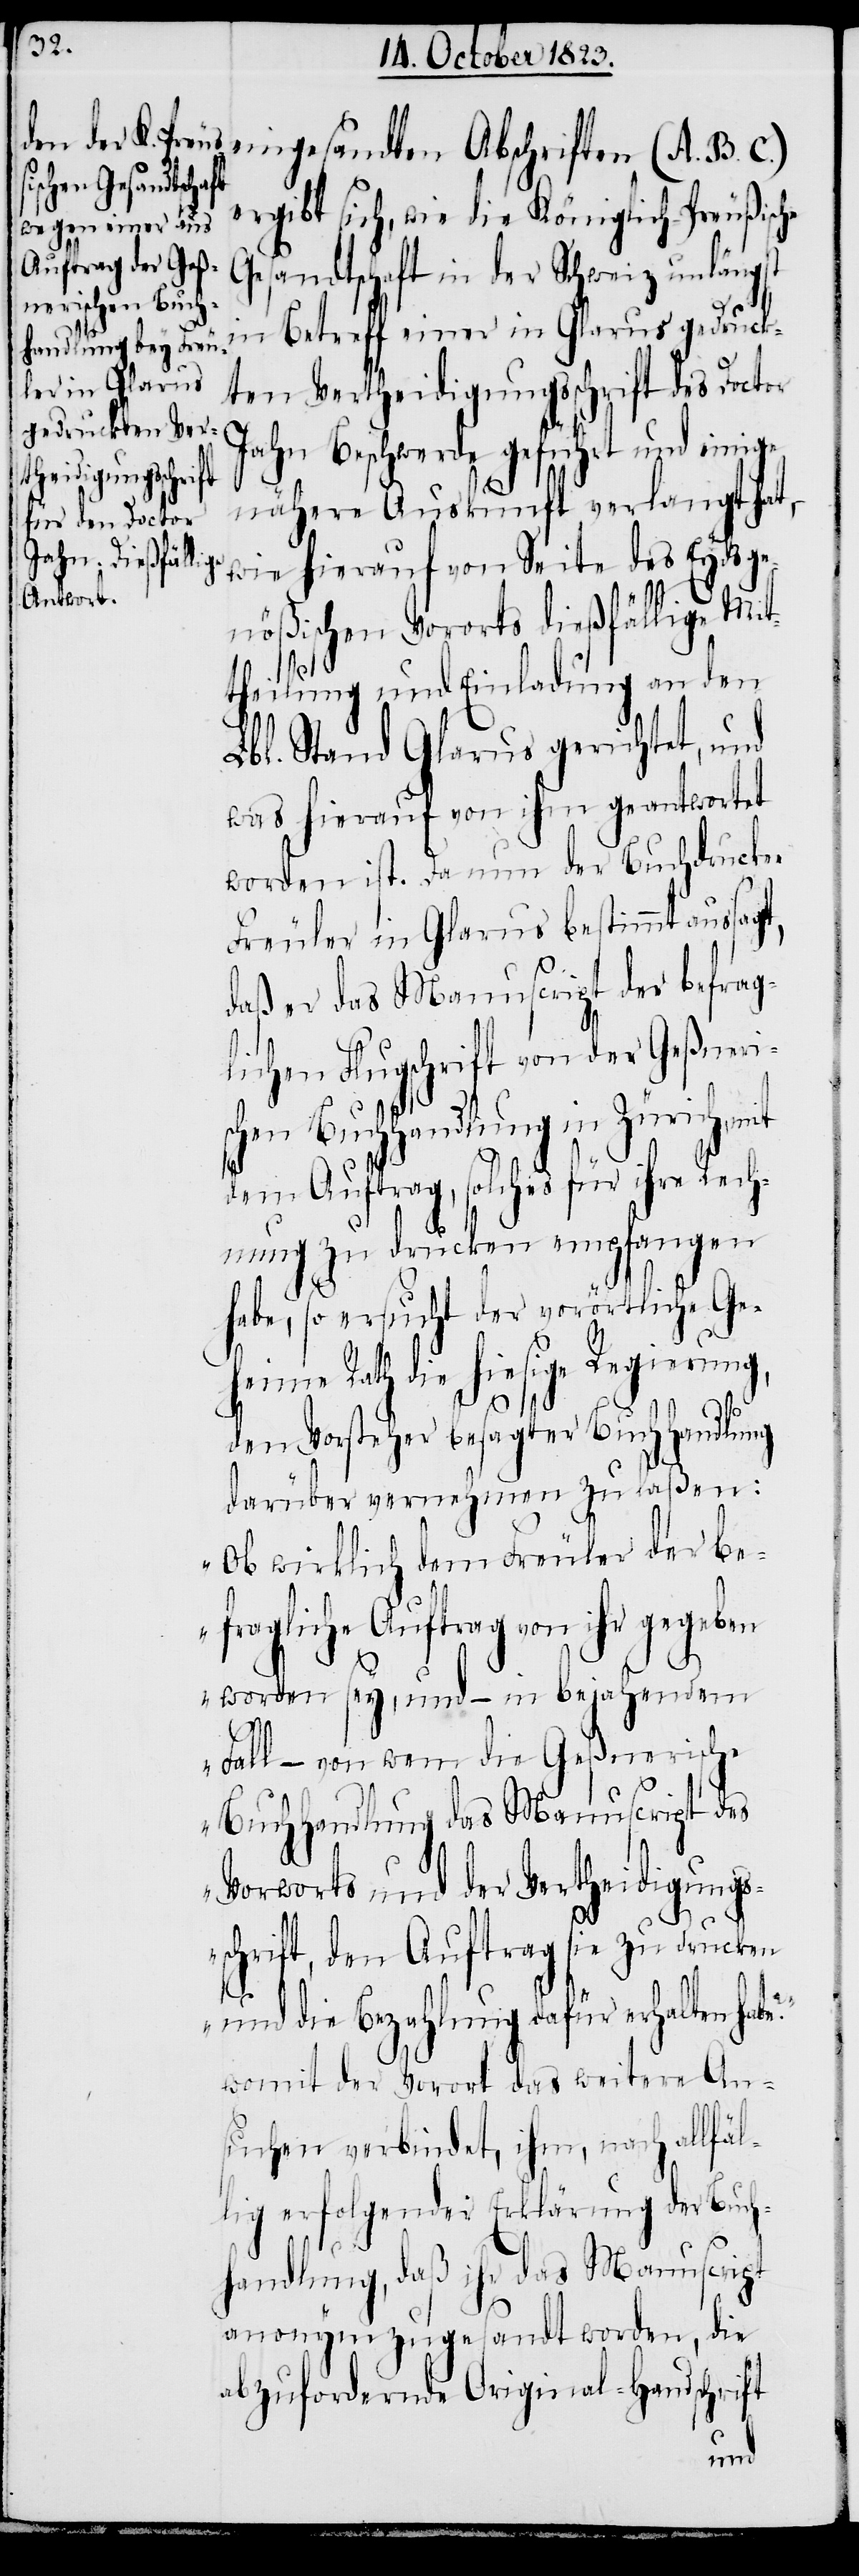
des Eydsge¬
ergibt sich, wie die Königlich-Preußische
Gesandtschaft in der Schweiz unlängst
in Betreff einer in Glarus gedruck¬
ten Vertheidigungsschrift des Doctor
Jahn Beschwerde geführt und einige
nähere Auskunft verlangt hat,
nößischen Vororts dießfällige Mit¬
theilung und Einladung an den
Lbl. Stand Glarus gerichtet, und
was hierauf von ihm geantwortet
worden ist. Da nun der Buchdrucker
Freuler in Glarus bestimmt aussag¬
daß er das Manuscript der befrag¬
lichen Flugschrift von der Geßneris¬
chen Buchhandlung in Zürich,
dem Auftrag, solches für ihre Rech¬
nung zu drucken empfangen
habe, so ersucht der vorörtliche Ge¬
heime Rath die hiesige Regierung,
t,
e?“
den Vorsteher besagter Buchhandlung
darüber vernehmen zu laßen:
„Ob wirklich dem Freuler der be¬
fragliche Auftrag von ihr gegeben
worden sey, und – in bejahendem
Fall – von wem die Geßnerische
Buchhandlung das Manuscript des
Vorworts und der Vertheidigungs¬
schrift, den Auftrag sie zu drucken
und die Bezahlung dafür erhalten hab¬
womit der Vorort das weitere An¬
suchen verbindet, ihm, nach allfäl¬
lig erfolgender Erklärung der Buch¬
handlung, daß ihr das Manuscript
anonym zugesandt worden, die
abzufordernde Original-Handschrift